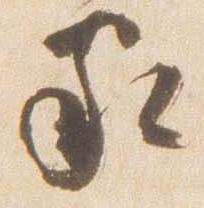
家